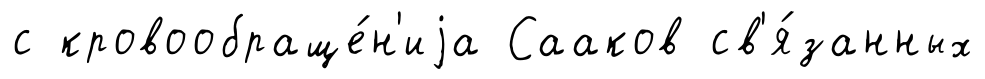
с кровообраще́н'иjа Сааков св'я́занных